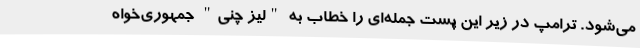
می‌شود. ترامپ در زیر این پست جمله‌ای را خطاب به "لیز چنی" جمهوری‌خواه